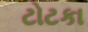
ટોટકા